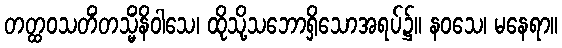
တတ္ထဝသတိံတသ္မိံနိဝါသေ၊ ထိုသို့သဘောရှိသောအရပ်၌။ နဝသေ၊ မနေရာ။